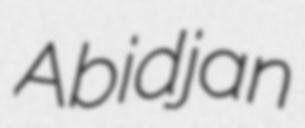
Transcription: Abidjan